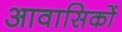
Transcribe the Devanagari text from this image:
आवासिकों